Insane asylums in Bengal annual reports 1876-1887 - 1876-1887
Year: 1876
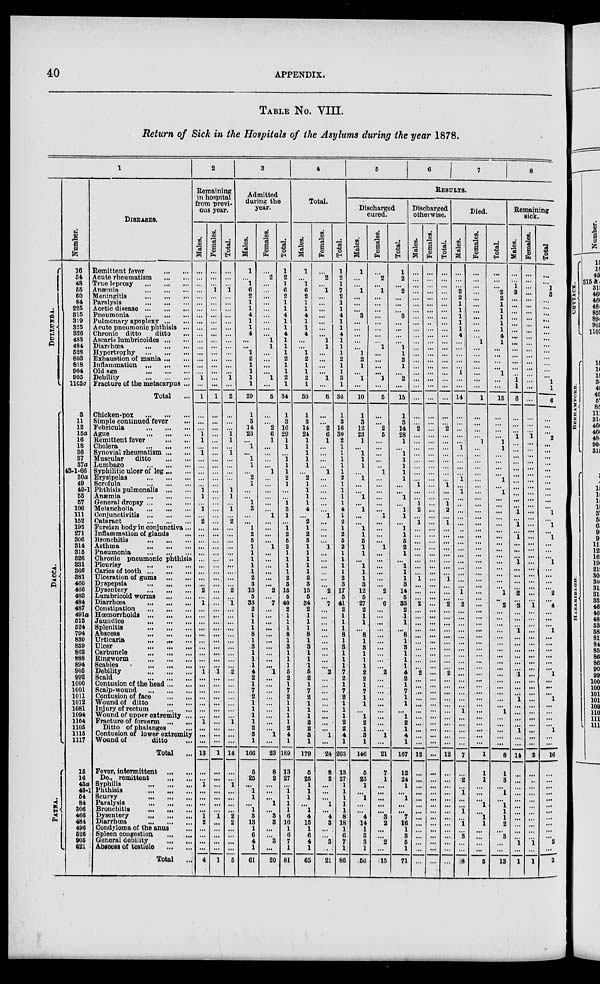
40
APPENDIX.
TABLE No. VIII.
Return of Sick in the Hospitals of the Asylums during the year 1878.
1
DULLUNDA.
DACCA.
PATNA.
Number.
16
34
48
55
60
84
225
315
319
325
326
483
484
528
803
818
904
905
1105c
3
11
12
15a
16
18
36
37
37a
43-1-66
30a
49
49-1
55
57
106
111
152
195
271
306
314
315
326
331
366
381
460
466
483
484
487
491a
513
524
794
830
859
862
888
894
905
992
1000
1001
1011
1012
1081
1094
1104
1105
1115
1117
15
16
43a
49-1
54
84
306
466
484
496
526
905
621
DISEASES.
Remittent fever
...
...
Acute rheumatism
...
...
True leprosy
...
...
...
Anæmia
...
...
...
Meningitis
...
...
...
Paralysis
...
...
...
Aortic disease
...
...
...
Pneumonia
...
...
...
Pulmonary apoplexy ... ...
Acute pneumonic phthisis ...
Chronic ditto
ditto ...
Ascaris lumbricoides ... ...
Diarrhœa
...
...
...
Hypertrophy
...
...
...
Exhaustion of mania ... ... ...
Inflammation
...
...
...
Old age
...
...
...
Debility ... ... ...
Fracture of the metacarpus ...
Total ...
Chicken-pox
...
...
...
Simple continued fever ...
Febricula
...
...
...
Ague
...
...
...
Remittent fever
...
...
Cholera
...
...
...
Synovial rheumatism ... ...
Muscular
ditto
...
...
Lumbago
...
...
...
Syphilitic ulcer of leg ... ...
Erysipelas
...
...
...
Scrofula
...
...
...
Phthisis pulmonalis
...
...
Anæmia
...
...
...
General dropsy ... ... ...
Melancholia
...
...
...
Conjunctivitis
...
...
...
Cataract
...
...
...
Foreign body in conjunctiva ...
Inflammation of glands ...
Bronchitis
...
...
...
Asthma
...
...
...
Pneumonia
...
...
...
Chronic pneumonic phthisis
Pleurisy
...
...
...
Caries of tooth
...
...
...
Ulceration of gums ... ...
Dyspepsia
...
...
...
Dysentery
...
...
...
Lumbricoid worms
...
...
Diarrhœa
...
...
...
Constipation ... ... ...
Hœorrhoids
...
...
...
Jaundice
...
...
...
Splenitis
...
...
...
Abscess
...
...
...
Urticaria ... ... ...
Ulcer ... ... ...
Carbuncle ... ... ...
Ringworm
...
...
...
Scabies
...
...
...
Debility ... ... ...
Scald
...
...
...
Contusion of the head ... ...
Scalp-wound
...
...
...
Contusion of face ... ...
Wound of ditto
...
...
Injury of rectum
...
...
Wound of upper extremity ...
Fracture of forearm
...
...
Ditto of phalanges ...
Contusion of lower extremity
Wound of
ditto ...
Total
...
Fever, intermittent
...
...
Do., remittent
... ...
Syphilis
...
...
...
Phthisis
...
...
...
Scurvy
...
...
...
Paralysis
...
...
...
Bronchitis
...
...
...
Dysentery
...
...
...
Diarrhœa
...
...
...
Condyloma of the anus ...
Spleen congestion ... ...
General debility
...
...
Abscess of testicle ... ...
Total ...
2
Remaining
in hospital
from previ-
ous year.
Males.
...
...
...
...
...
...
...
...
...
...
...
...
...
...
...
...
...
1
...
1
...
...
... 1
1
... 1
...
... ...
...
...
1
1
...
1
...
2
...
...
...
...
...
...
...
...
... ...
2
... 1
...
...
... ...
...
...
...
...
...
... 1
...
...
...
... ...
...
...
1
...
...
...
13
...
... 1
...
...
...
...
1
2
...
...
... ...
4
Females.
...
...
...
1
...
...
...
...
...
...
...
...
...
...
...
...
...
...
...
1
...
...
...
...
...
...
...
...
...
...
...
...
...
...
...
...
...
...
...
...
...
... ...
...
...
...
...
... ...
...
...
...
...
...
...
...
...
...
...
...
...
1
...
...
...
...
...
...
...
...
...
...
...
1
...
...
...
...
...
...
...
1
...
... ...
...
...
1
Total.
...
...
...
1
...
...
...
...
...
...
...
...
...
...
...
...
...
1
...
2
...
... ...
1
1
...
1
...
...
...
...
... 1
1
...
1
...
2
...
...
...
...
...
..
...
...
...
...
2
... 1
...
...
...
...
... ...
...
...
...
...
2
...
...
... ...
...
... ...
1
...
...
...
14
...
... 1
...
...
... ...
2
2
... ...
... ...
5
3
Admitted
during the
year.
Males.
1
...
1
6
2
1
1
4
1
1
4
...
...
1
2
1
1
1
1
29
1
3
14
23
...
1
...
1
1
...
2
1
...
...
1
3
...
...
1
2
5
1
1
1
1
1
2
3
13
5
33
2
1
1
1
8
1
3
1
1
1
4
2
1
7
2
1
1
1
1
2
3
1
166
5
25
...
1
1
...
1
3
13
1
6
4
1
61
Females.
...
2
...
...
...
...
...
...
...
...
...
1
1
...
...
...
...
1
...
5
...
...
2
6
1
...
...
...
...
1
...
...
...
...
...
...
1
...
...
...
...
1
...
...
...
...
...
...
2
...
7
...
...
...
... ...
...
...
...
...
...
1
...
...
...
...
...
...
...
...
...
1
...
23
8
2
...
...
...
1
... 3
3
...
... 3
...
20
Total.
1
2
1
6
2
1
1
4
1
1
4
1
1
1
2
1
1
2
1
34
1
3
16
29
1
1
... 1
1
1
2
1
...
...
1
3
1
...
1
2
5
2
1
1
1
1
2
3
15
5
40
2
1
1
1
8
1
3
1
1
1
5
2
1
7
2
1
1
1
1
2
4
1
189
13
27
...
1
1
1
1
6
16
1
6
7
1
81
4
Total.
Males.
1
...
1
6
2
1
1
4
1
1
4
...
...
1
2
1
1
2
1
30
1
3
14
24
1
1
1
1
1
...
2
1
1
1
1
4
...
2
1
2
5
1
1
1
1
1
2
3
15
5
34
2
1
1
1
8
1
3
1
1
1
5
2
1
7
2
1
1
1
2
2
3
1
179
5
25
1
1
1
...
1
4
15
1
6
4
1
65
Females.
...
2
...
1
...
...
...
...
...
...
...
1
1
...
...
...
...
1
...
6
...
...
2
6
1
...
...
...
...
1
...
...
...
...
...
...
1
...
...
...
... 1
...
...
...
...
...
...
2
...
7
...
...
... ...
...
...
...
...
... ...
2
...
... ...
...
... ...
... ...
...
1
...
24
8
2
...
...
...
1
...
4
3
...
...
3
...
21
Total.
1
2
1
7
2
1
1
4
1
1
4
1
1
1
2
1
1
3
1
36
1
3
16
30
2
1
1
1
1
1
2
1
1
1
1
4
1
2
1
2
5
2
1
1
1
1
2
3
17
5
41
2
1
1
1
8
1
3
1
1
1
7
2
1
7
2
1
1
1
2
2
4
1
203
13
27
1
1
1
1
1
8
18
1
6
7
1
86
5
6
7
8
RESULTS.
Discharged
cured.
Males.
1
...
...
1
...
...
...
3
...
...
...
...
...
1
2
1
...
1
...
10
1
3
12
23
1
...
1
1
1
...
1
...
...
1
...
1
...
...
1
1
5
1
1
...
1
1
1
3
12
5
27
2
1
1
... 8
1
3
1
1
1
2
2
1
7
1
1
... 1
2
1
3
1
146
5
23
1
...
1
...
...
4
14
1
3
3
1
56
Females.
...
2
...
1
...
...
...
...
...
...
...
...
1
...
...
...
...
1
...
5
...
...
2
5
...
...
...
...
..
1
...
...
...
...
...
...
1
...
...
...
...
1
...
...
...
...
...
...
2
...
6
... .
...
...
...
...
...
...
...
...
...
2
...
...
...
...
...
...
...
...
...
1
...
21
7
1
...
...
... ...
...
3
2
...
...
2
...
15
Total.
1
2
...
2
...
...
...
3
...
...
...
...
1
1
2
1
...
2
...
15
1
3
14
28
1
...
1
1
1
1
1
...
...
1
...
1
1
...
1
1
5
2
1
...
1
1
1
3
14
5
33
2
1
1
... 8
1
3
1
1
1
4
2
1
7
1
1
...
1
2
1
4
1
167
12
24
1
...
1
...
...
7
16
1
3
5
1
71
Discharged
otherwise.
Males.
...
...
...
...
...
...
...
...
...
...
...
...
...
...
...
...
...
...
...
...
...
...
2
...
...
...
...
...
...
...
...
1
...
...
1
2
...
1
...
...
...
...
...
...
...
...
1
...
...
...
2
...
...
...
...
...
...
...
...
...
...
2
...
...
...
...
...
...
...
... ...
...
...
12
...
...
...
...
...
...
...
...
... ...
...
...
...
...
Females.
...
...
...
...
...
...
...
...
..
...
...
...
...
...
...
...
...
...
...
...
...
...
...
...
...
...
...
...
...
...
...
...
...
...
...
...
...
...
...
...
...
...
...
...
...
...
...
...
...
...
...
...
...
...
...
...
...
...
...
...
...
...
...
...
...
...
...
...
...
...
...
...
...
...
...
...
...
...
...
...
...
...
...
...
...
...
...
...
Total.
...
...
...
...
...
...
...
...
...
...
...
...
...
...
...
...
...
...
...
...
...
...
2
...
...
...
...
...
...
...
...
1
...
...
1
2
...
1
...
...
...
...
...
...
...
...
1
...
...
...
2
...
...
...
...
...
...
...
...
... ...
2
...
...
...
... ...
...
...
...
...
...
...
12
...
...
...
...
...
...
...
...
...
...
...
...
...
...
Died.
Males.
...
...
...
2
2
1
1
1
1
1
4
...
... ...
...
...
1
...
...
14
...
...
...
...
...
1
...
...
...
...
1
...
1
...
..
...
...
...
..
...
...
... ...
...
...
...
...
...
1
...
2
...
...
...
...
... ...
...
...
...
...
...
...
...
...
...
1
...
...
...
... ...
7
...
2
... 1
...
... 1
... 1
...
3
...
...
8
Females.
...
...
...
...
...
...
...
...
...
...
...
1
...
...
...
...
...
...
...
1
...
...
...
...
1
...
...
...
...
...
....
...
...
...
...
...
...
...
...
...
...
...
...
...
...
...
...
...
...
...
...
...
...
...
...
...
...
...
...
...
...
...
...
...
...
...
...
...
...
...
...
...
...
1
1
1
...
...
... 1
...
1
1
...
...
...
...
5
Total.
...
...
...
2
2
1
1
1
1
1
4
1
...
...
...
...
1
...
...
15
...
...
...
...
1
1
... ...
...
... 1
... 1
...
...
...
...
...
...
...
...
...
... ...
...
... ...
...
1
... 2
... ...
...
...
...
... ...
... ...
...
...
...
...
...
...
...
1
... ...
...
...
...
8
1
3
...
1
... 1
1
1
2
... 3
...
...
13
Remaining
sick.
Males.
...
... 1
3
...
...
...
...
...
...
...
...
...
...
...
...
... 1
1
6
...
...
... 1
...
...
...
...
...
...
...
...
...
... ...
1
... 1
... 1
...
...
... 1
...
...
...
... 2
... 3
...
...
... 1
...
...
...
...
...
... 1
...
...
... 1
...
... ...
... 1
...
...
14
...
...
... ...
...
...
...
...
...
... ...
1
...
1
Females.
...
...
...
... ...
...
... ...
...
...
...
... ...
... ...
...
... ...
...
...
...
...
... 1
...
...
...
...
...
...
...
... ...
...
... ...
...
...
...
...
... ...
...
...
...
...
...
...
...
... 1
...
...
... ...
...
... ...
... ...
...
... ...
...
...
...
...
... ...
...
...
... ...
2
...
..
...
...
... ...
...
...
... ...
...
1
...
1
Total
...
...
1
3
...
...
... ...
...
...
...
...
...
...
...
...
... 1
1
6
...
...
... 2
...
...
...
...
...
...
...
...
...
...
... 1
... 1
... 1
...
...
... 1
...
...
...
... 2
... 4
...
...
... 1
... ...
...
...
...
... 1
...
...
...
1
...
...
...
...
1
...
...
16
...
...
...
...
...
...
...
...
...
...
...
2
...
2